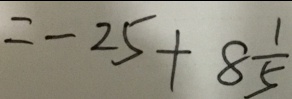
= - 2 5 + 8 \frac { 1 } { 5 }